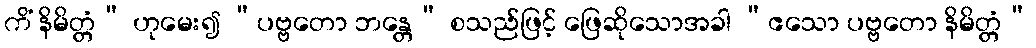
ကိံ နိမိတ္တံ” ဟုမေး၍ “ပဗ္ဗတော ဘန္တေ” စသည်ဖြင့် ဖြေဆိုသောအခါ “ဧသော ပဗ္ဗတော နိမိတ္တံ”